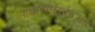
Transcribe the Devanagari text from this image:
पाश्चात्यसंदर्भसंपृक्त